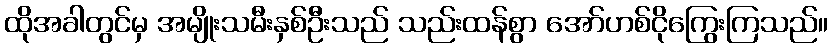
ထိုအခါတွင်မှ အမျိုးသမီးနှစ်ဦးသည် သည်းထန်စွာ အော်ဟစ်ငိုကြွေးကြသည်။